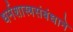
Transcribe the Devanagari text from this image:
धर्मशास्त्रसंबंधाने